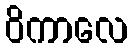
ဝိကာလေ